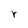
Character: r